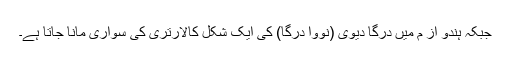
جبکہ ہندو از م میں دُرگا دیوی (نووا درگا) کی ایک شکل کالارتری کی سواری مانا جاتا ہے۔